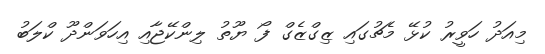
މިއަދު ހަވީރު ކުޅޭ މެޗުގައި ޒިގްޒެގް ފޯ ޔޫތު ލިންކޭޖާއި އިހަވަންދޫ ކްލަބު